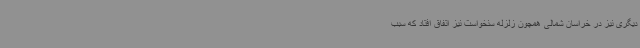
دیگری نیز در خراسان شمالی همچون زلزله سنخواست نیز اتفاق افتاد که سبب